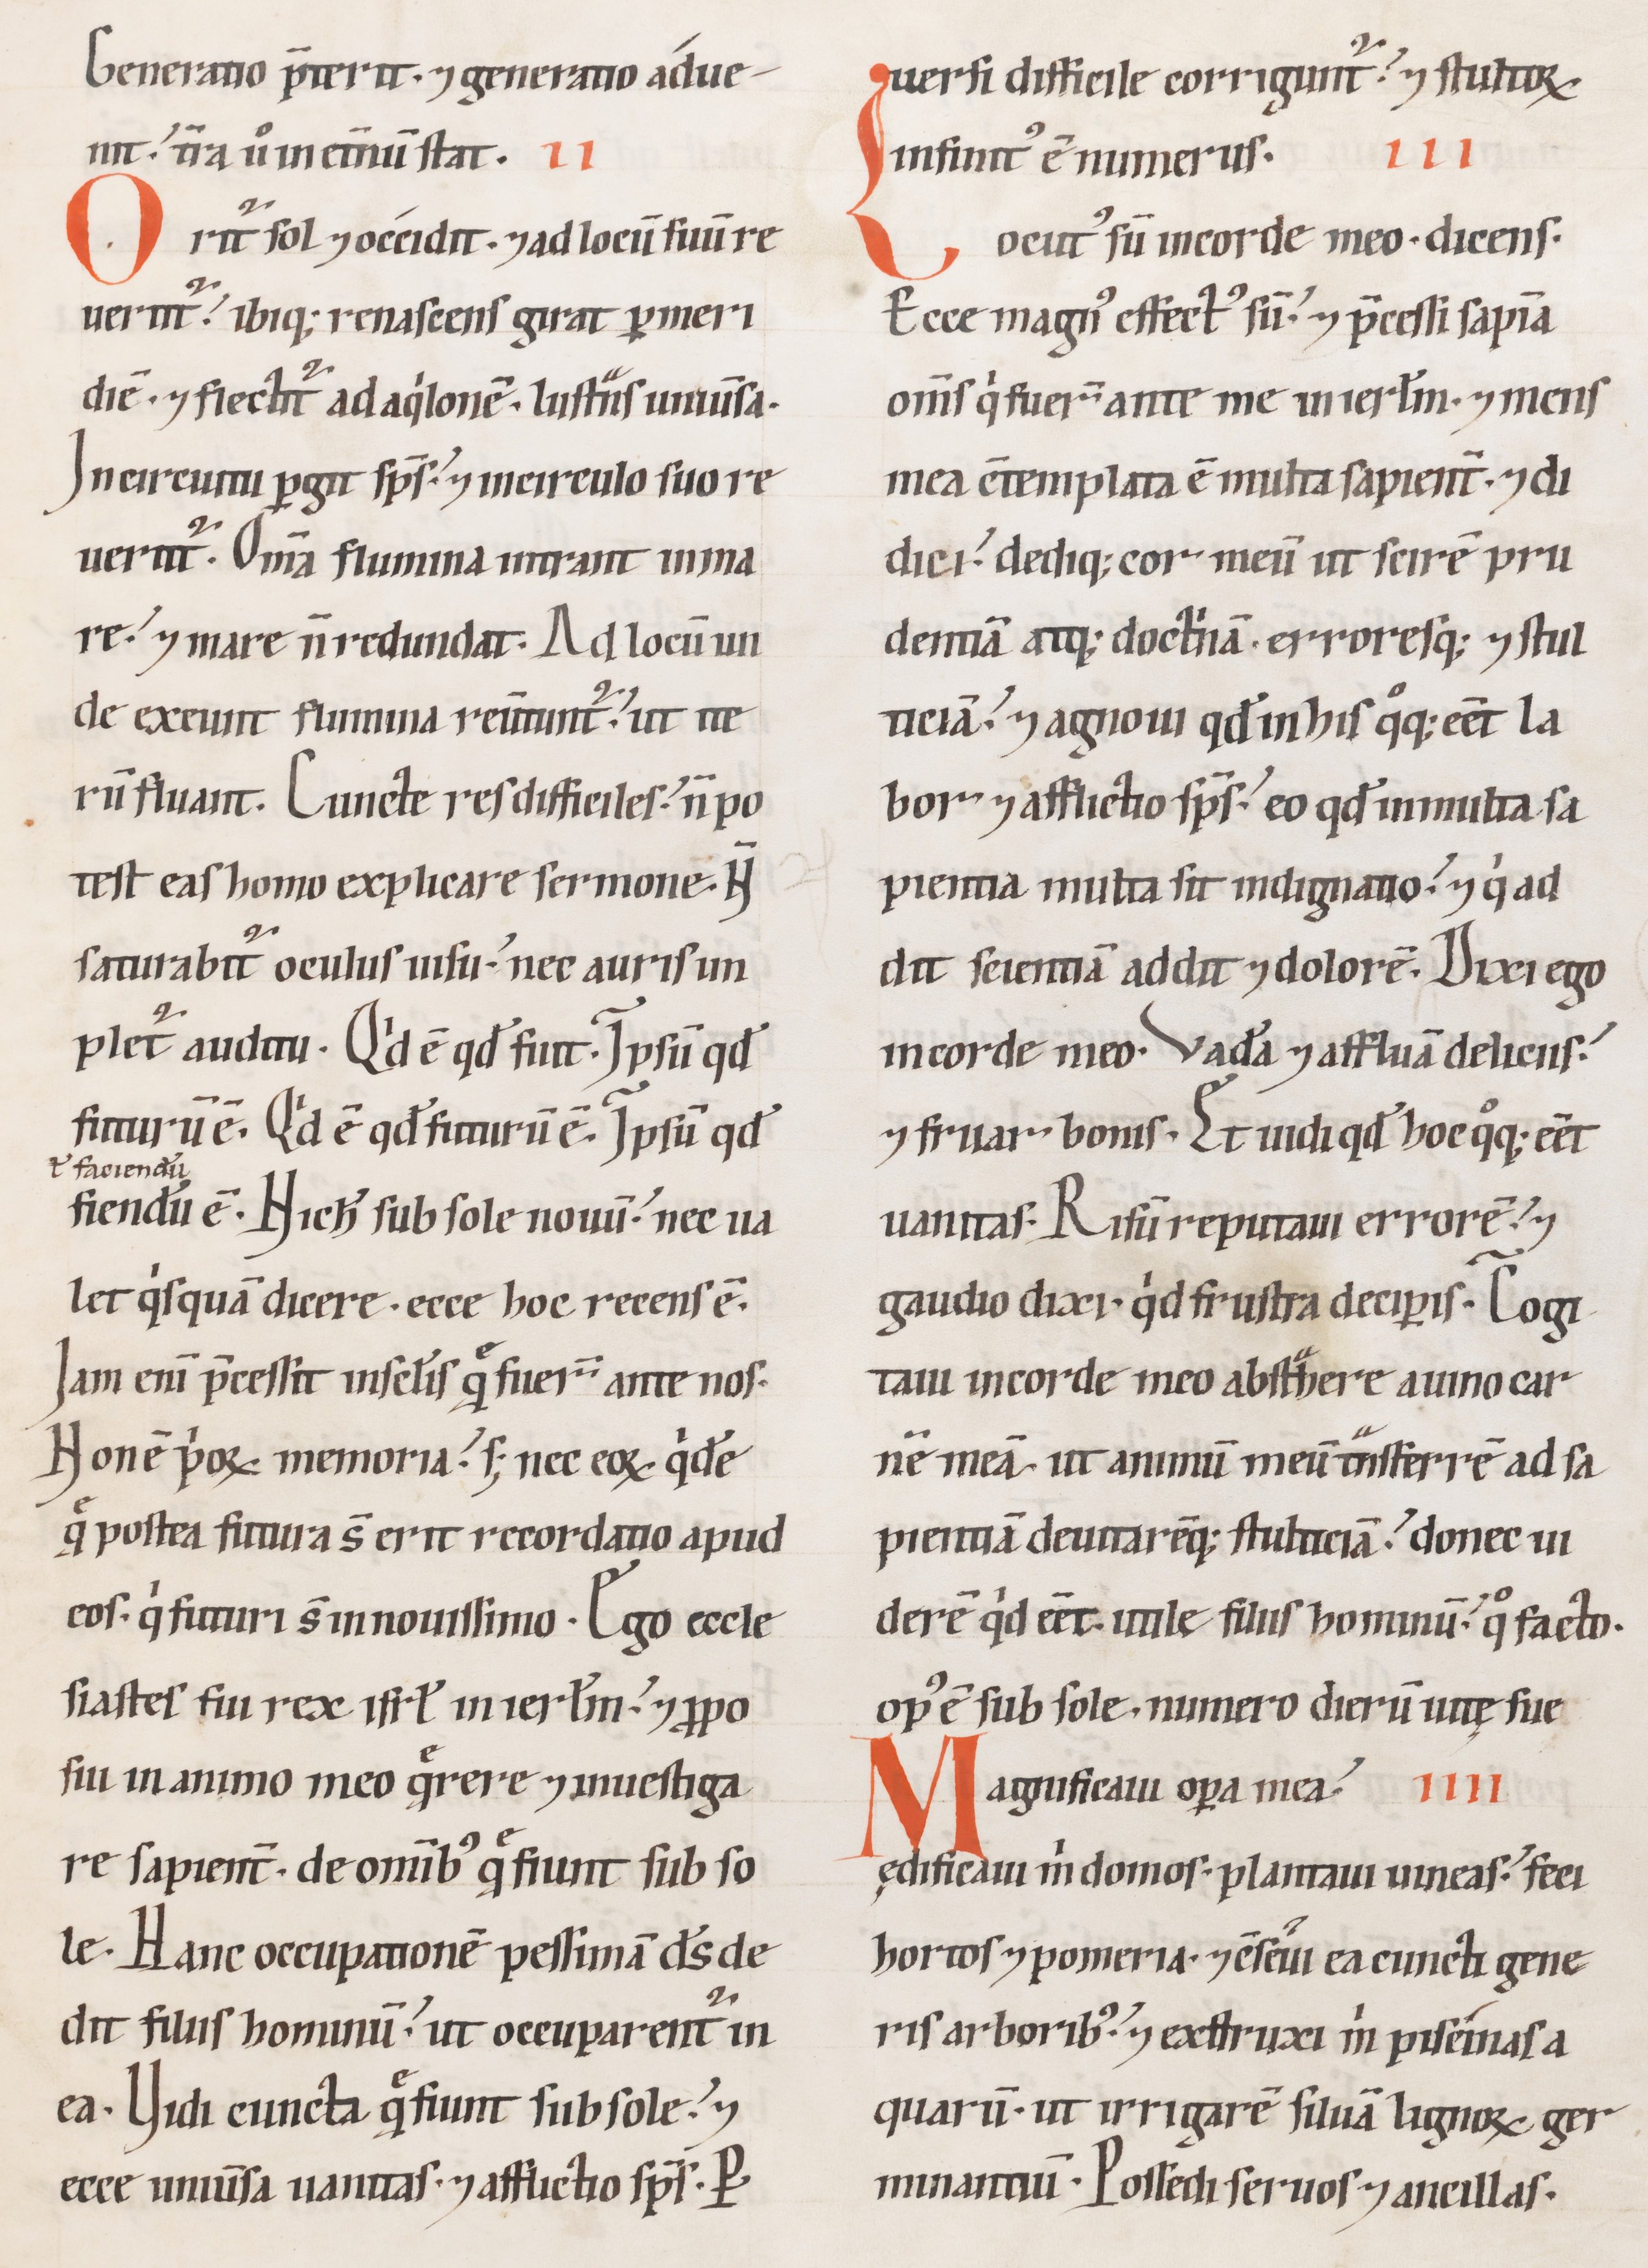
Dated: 1100–1199